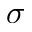
\boldsymbol { \sigma }